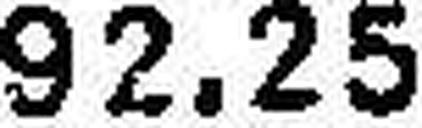
92.25